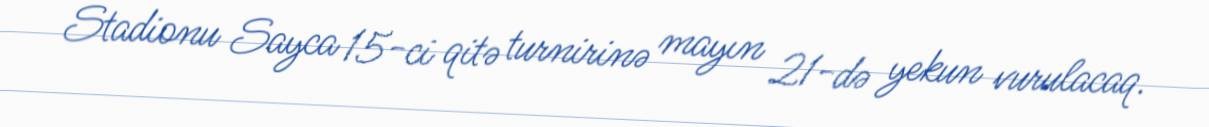
Stadionu Sayca 15-ci qitə turnirinə mayın 21-də yekun vurulacaq.